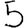
Digit: 5